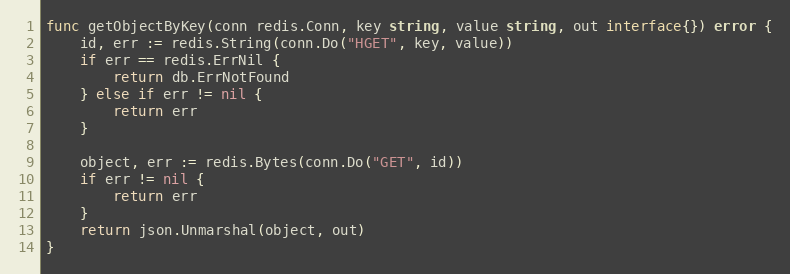
Language: Go
func getObjectByKey(conn redis.Conn, key string, value string, out interface{}) error {
	id, err := redis.String(conn.Do("HGET", key, value))
	if err == redis.ErrNil {
		return db.ErrNotFound
	} else if err != nil {
		return err
	}

	object, err := redis.Bytes(conn.Do("GET", id))
	if err != nil {
		return err
	}
	return json.Unmarshal(object, out)
}